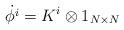
LaTeX: \begin{align*}\dot{ \phi^i}= K^i \otimes 1_{N \times N}\end{align*}